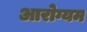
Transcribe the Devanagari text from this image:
आरोग्यम